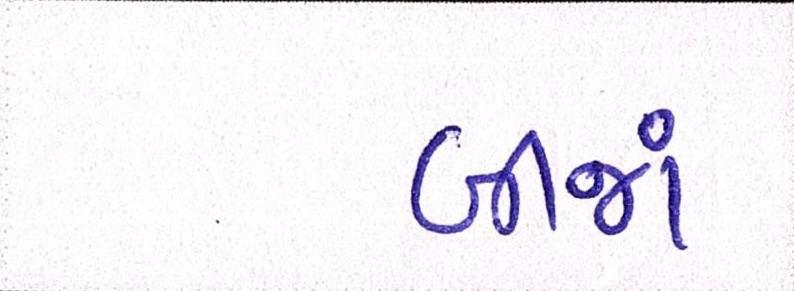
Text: બીજાં